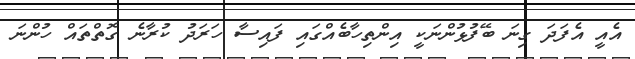
އެއީ އެފަދަ ގިނަ ބޭފުޅުންނަކީ އިންތިހާބެއްގައި ފައިސާ ހަރަދު ކުރާނެ ގޮތްތައް ހުންނަ